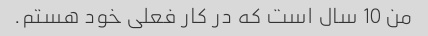
من 10 سال است که در کار فعلی خود هستم.